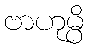
ဗာဟုမ္ပိ